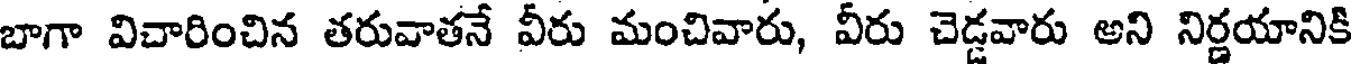
బాగా విచారించిన తరువాతనే వీరు మంచివారు, వీరు చెడ్డవారు అని నిర్ణయానికి